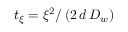
t _ { \xi } = \xi ^ { 2 } / \left( 2 \, d \, D _ { w } \right)